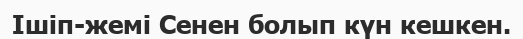
Ішіп-жемі Сенен болып күн кешкен.